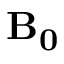
\mathbf { B _ { 0 } }